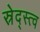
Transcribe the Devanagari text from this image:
स्रेद्स्त्व